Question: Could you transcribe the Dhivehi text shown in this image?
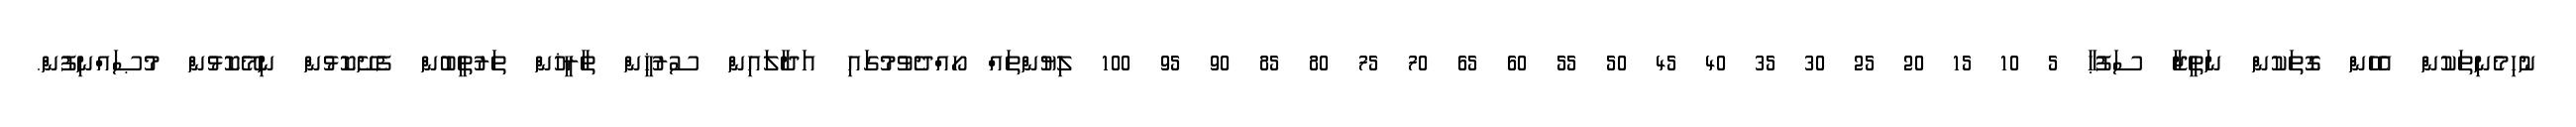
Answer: ނުހިމެނިތަކުން އެހެން ގޮތަކުން ނަތީޖާ ސަފުޙާ 5 10 15 20 25 30 35 40 45 50 55 60 65 70 75 80 85 90 95 100 ލިޔުންތައް ހޯއްދެވުމުގައި އަދާލައިން ސުރުޚީން ތާރީޚުން ތަރުތީބުން ފެށޭކޮޅުން ނިމޭކޮޅުން މުޞައްނިފުން.